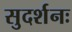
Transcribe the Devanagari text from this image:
सुदर्शनः